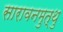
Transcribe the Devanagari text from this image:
सारावनमुत्थु